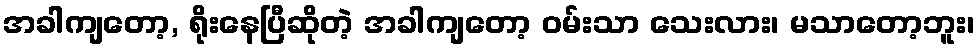
အခါကျတော့, ရိုးနေပြီဆိုတဲ့ အခါကျတော့ ဝမ်းသာ သေးလား၊ မသာတော့ဘူး၊